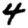
Digit: 4